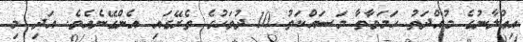
އިޢުލާނުގެ މުއްދަތު ހަމަވާތާ މަސައްކަތު 10 ދުވަހުގެ ތެރޭގައި އެންގޭނެއެވެ. އަދި މި